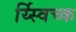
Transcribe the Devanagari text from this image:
र्य्स्विच्क